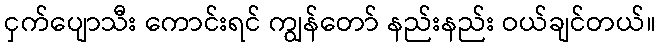
ငှက်ပျောသီး ကောင်းရင် ကျွန်တော် နည်းနည်း ဝယ်ချင်တယ်။